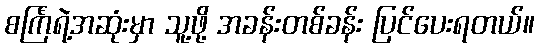
စင်္ကြံရဲ့အဆုံးမှာ သူ့ဖို့ အခန်းတစ်ခန်း ပြင်ပေးရတယ်။